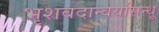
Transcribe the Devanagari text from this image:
भृशबदान्वयसिन्धू